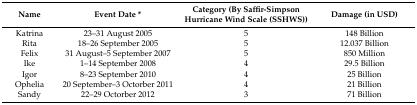
| Name | Event Date * | Category (By Saffir-Simpson Hurricane Wind Scale (SSHWS)) | Damage (in USD) |
 | --- | --- | --- | --- |
 | Katrina | 23–31 August 2005 | 5 | 148 Billion |
 | Rita | 18–26 September 2005 | 5 | 12.037 Billion |
 | Felix | 31 August–5 September 2007 | 5 | 850 Million |
 | Ike | 1–14 September 2008 | 4 | 29.5 Billion |
 | Igor | 8–23 September 2010 | 4 | 25 Billion |
 | Ophelia | 20 September–3 Octorber 2011 | 4 | 21 Billion |
 | Sandy | 22–29 Octorber 2012 | 3 | 71 Billion |